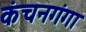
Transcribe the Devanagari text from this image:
कंचनगंगा